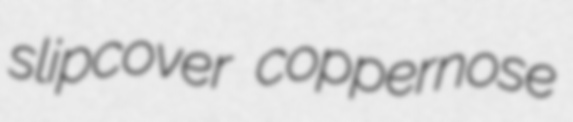
slipcover coppernose